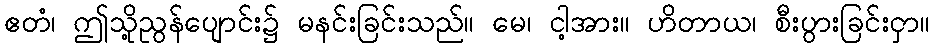
ဧတံ၊ ဤသို့ညွန်ပျောင်း၌ မနင်းခြင်းသည်။ မေ၊ ငါ့အား။ ဟိတာယ၊ စီးပွားခြင်းငှာ။